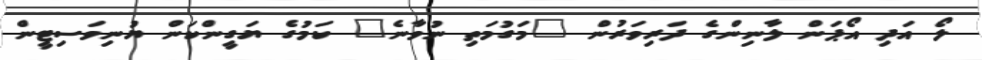
ލޯ އަދި އޯޕަން ލާނިންގެ ދަރިވަރުން "މަގުމަތި ނުވާނެ" ކަމުގެ ޔަގީންކަން ޔުނިވަސިޓީން